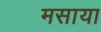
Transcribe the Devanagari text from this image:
मसाया